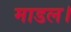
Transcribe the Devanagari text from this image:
माडल।